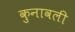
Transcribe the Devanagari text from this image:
कुनावली